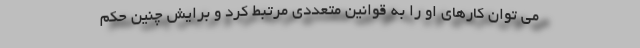
می توان کارهای او را به قوانین متعددی مرتبط کرد و برایش چنین حکم